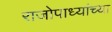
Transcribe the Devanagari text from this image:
राजोपाध्यांच्या